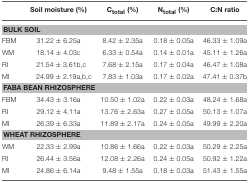
|  | Soil moisture (%) | Ctotal (%) | Ntotal (%) | C:N ratio |
 | --- | --- | --- | --- | --- |
 | <COLSPAN=5> BULK SOIL |
 | FBM | 31.22 ± 6.25a | 8.42 ± 2.35a | 0.18 ± 0.05a | 46.33 ± 1.09a |
 | WM | 18.14 ± 4.03c | 6.33 ± 0.54a | 0.14 ± 0.01a | 45.11 ± 1.26a |
 | RI | 21.54 ± 3.61b,c | 7.68 ± 2.15a | 0.17 ± 0.04a | 46.47 ± 1.08a |
 | MI | 24.99 ± 2.19a,b,c | 7.83 ± 1.03a | 0.17 ± 0.02a | 47.41 ± 0.37b |
 | <COLSPAN=5> FABA BEAN RHIZOSPHERE |
 | FBM | 34.43 ± 3.16a | 10.50 ± 1.02a | 0.22 ± 0.03a | 48.24 ± 1.68a |
 | RI | 29.12 ± 4.11a | 13.76 ± 2.63a | 0.27 ± 0.05a | 50.13 ± 1.07a |
 | MI | 26.39 ± 6.33a | 11.89 ± 2.17a | 0.24 ± 0.05a | 49.99 ± 2.20a |
 | <COLSPAN=5> WHEAT RHIZOSPHERE |
 | WM | 22.33 ± 2.99a | 10.86 ± 1.66a | 0.22 ± 0.03a | 50.29 ± 2.25a |
 | RI | 26.44 ± 3.56a | 12.08 ± 2.26a | 0.24 ± 0.05a | 50.92 ± 1.22a |
 | MI | 24.86 ± 6.14a | 9.48 ± 1.55a | 0.18 ± 0.03a | 51.43 ± 1.55a |